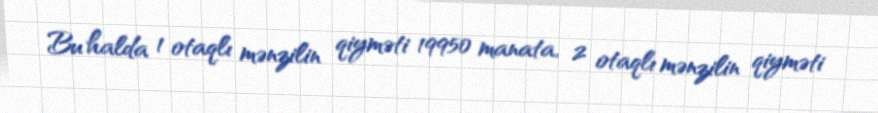
Bu halda 1 otaqlı mənzilin qiyməti 19950 manata, 2 otaqlı mənzilin qiyməti